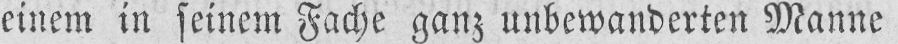
einem in seinem Fache ganz unbewanderten Manne